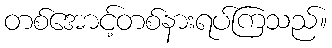
တစ်အောင့်တစ်နားရပ်ကြသည်။